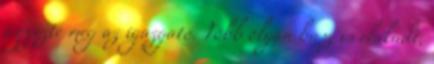
jegyezte meg az igazgató. Több olyan busz is elakadt,